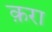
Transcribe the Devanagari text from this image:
क़रा